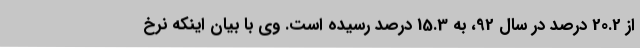
از 20.2 درصد در سال 92، به 15.3 درصد رسیده است. وی با بیان اینکه نرخ